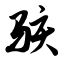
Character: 骇